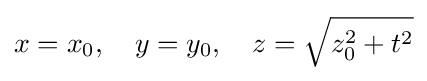
x=x_{0},\quad y=y_{0},\quad z={\sqrt {z_{0}^{2}+t^{2}}}